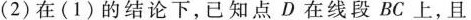
((2)在(1)的结论下，已知点D在线段BC上，且